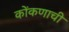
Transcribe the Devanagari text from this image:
कोंकणाची